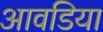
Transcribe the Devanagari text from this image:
आवडिया